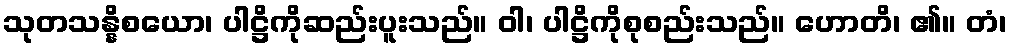
သုတသန္နိစယော၊ ပါဋ္ဌိကိုဆည်းပူးသည်။ ဝါ၊ ပါဋ္ဌိကိုစုစည်းသည်။ ဟောတိ၊ ၏။ တံ၊